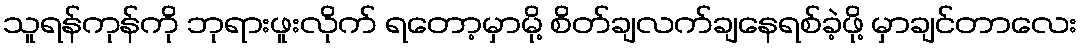
သူရန်ကုန်ကို ဘုရားဖူးလိုက် ရတော့မှာမို့ စိတ်ချလက်ချနေရစ်ခဲ့ဖို့ မှာချင်တာလေး